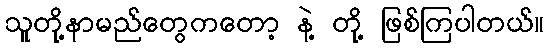
သူတို့နာမည်တွေကတော့ နဲ့ တို့ ဖြစ်ကြပါတယ်။